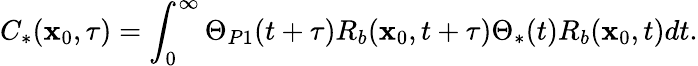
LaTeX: C_{*}(\mathbf{x}_{0},\tau)=\int_{0}^{\infty}\Theta_{P1}(t+\tau)R_{b}(\mathbf{x}_{0},t+\tau)\Theta_{*}(t)R_{b}(\mathbf{x}_{0},t)dt.